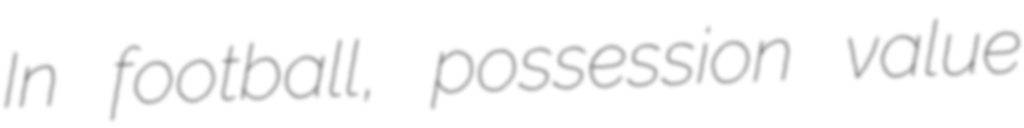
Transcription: In football, possession value